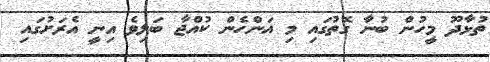
ތުޅާދޫ މީހުން ބުނާ ގޮތުގައި މި އަންހެން ކުއްޖާ ބަލިވެ އިނީ އެރަށުގައި